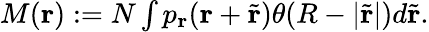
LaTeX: \begin{array}{r}{M(\mathbf{r}):=N\int p_{\mathbf{r}}(\mathbf{r}+\tilde{\mathbf{r}})\theta(R-|\tilde{\mathbf{r}}|)d\tilde{\mathbf{r}}.}\end{array}